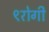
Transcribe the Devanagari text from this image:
९रोगी